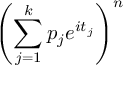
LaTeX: \left( \sum _ { j = 1 } ^ { k } p _ { j } e ^ { i t _ { j } } \right) ^ { n }